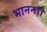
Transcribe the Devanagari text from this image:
भानन।।